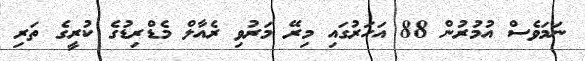
ނަމަވެސް އުމުރުން 88 އަހަރުގައި މިރޭ މަރުވި ރެއާލް މެޑްރިޑުގެ ކުރީގެ ތަރި